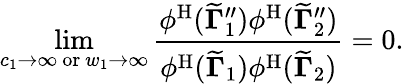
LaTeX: \operatorname*{lim}_{c_{1}\to\infty\mathrm{~or~}w_{1}\to\infty}\frac{\phi^{\mathrm{H}}({\widetilde{\mathbf{\Gamma}}}_{1}^{\prime\prime})\phi^{\mathrm{H}}({\widetilde{\mathbf{\Gamma}}}_{2}^{\prime\prime})}{\phi^{\mathrm{H}}({\widetilde{\mathbf{\Gamma}}}_{1})\phi^{\mathrm{H}}({\widetilde{\mathbf{\Gamma}}}_{2})}=0.